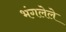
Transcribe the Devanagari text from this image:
भंगलेले